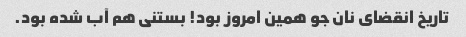
تاریخ انقضای نان جو همین امروز بود! بستنی هم آب شده بود.